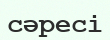
сәресі